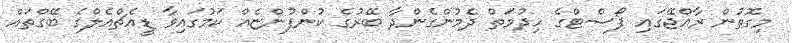
މިގޮތުން ރާއްޖޭގައި ޕޯސްޓްގެ ހިދުމަތް ދެމުންގެންދާ ބޭރުގެ ކުންފުންޏެއް ކަމުގައިވާ ޑީއެޗްއެލްގެ ބޭގްތައް